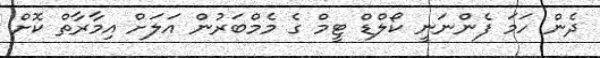
ދެން ހަމަ ފެންނަނީ ކޯލްޑް ޓީމް ގެ މެމްބަރުން އަލަށް އިމާރާތް ކޮށް